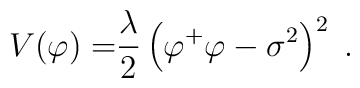
V{(\varphi )=}\frac{\lambda }{2}\left( \varphi ^{+}\varphi -\sigma^{2}\right) ^{2}\;.